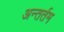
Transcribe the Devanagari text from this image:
अन्तर्तम